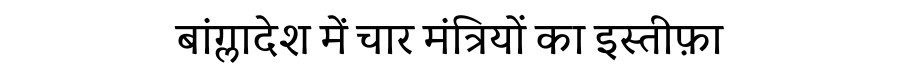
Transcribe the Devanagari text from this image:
बांग्लादेश में चार मंत्रियों का इस्तीफ़ा